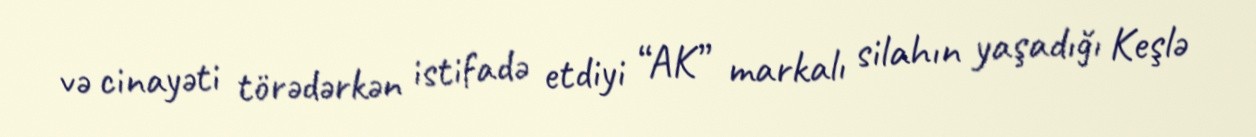
və cinayəti törədərkən istifadə etdiyi “AK” markalı silahın yaşadığı Keşlə